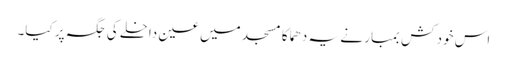
اس خود کش بمبار نے یہ دھماکا مسجد میں عین داخلے کی جگہ پر کیا۔